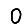
Digit: 0